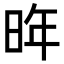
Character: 𪰟